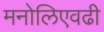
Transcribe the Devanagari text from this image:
मनोलिएवढी